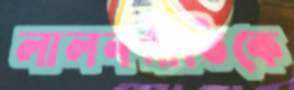
লালনগীতিকে